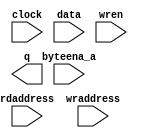
// megafunction wizard: %RAM: 2-PORT%VBB%
// GENERATION: STANDARD
// VERSION: WM1.0
// MODULE: altsyncram 

// ============================================================
// Megafunction Name(s):
// 			altsyncram
//
// Simulation Library Files(s):
// 			altera_mf
// ============================================================
// ************************************************************
// THIS IS A WIZARD-GENERATED FILE. DO NOT EDIT THIS FILE!
//
// 10.1 Build 153 11/29/2010 SJ Full Version
// ************************************************************

//Copyright (C) 1991-2010 Altera Corporation
//Your use of Altera Corporation's design tools, logic functions 
//and other software and tools, and its AMPP partner logic 
//functions, and any output files from any of the foregoing 
//(including device programming or simulation files), and any 
//associated documentation or information are expressly subject 
//to the terms and conditions of the Altera Program License 
//Subscription Agreement, Altera MegaCore Function License 
//Agreement, or other applicable license agreement, including, 
//without limitation, that your use is for the sole purpose of 
//programming logic devices manufactured by Altera and sold by 
//Altera or its authorized distributors.  Please refer to the 
//applicable agreement for further details.

module mem (
	byteena_a,
	clock,
	data,
	rdaddress,
	wraddress,
	wren,
	q);

	input	[3:0]  byteena_a;
	input	  clock;
	input	[35:0]  data;
	input	[10:0]  rdaddress;
	input	[10:0]  wraddress;
	input	  wren;
	output	[35:0]  q;
`ifndef ALTERA_RESERVED_QIS
// synopsys translate_off
`endif
	tri1	[3:0]  byteena_a;
	tri1	  clock;
	tri0	  wren;
`ifndef ALTERA_RESERVED_QIS
// synopsys translate_on
`endif

endmodule

// ============================================================
// CNX file retrieval info
// ============================================================
// Retrieval info: PRIVATE: ADDRESSSTALL_A NUMERIC "0"
// Retrieval info: PRIVATE: ADDRESSSTALL_B NUMERIC "0"
// Retrieval info: PRIVATE: BYTEENA_ACLR_A NUMERIC "0"
// Retrieval info: PRIVATE: BYTEENA_ACLR_B NUMERIC "0"
// Retrieval info: PRIVATE: BYTE_ENABLE_A NUMERIC "1"
// Retrieval info: PRIVATE: BYTE_ENABLE_B NUMERIC "0"
// Retrieval info: PRIVATE: BYTE_SIZE NUMERIC "9"
// Retrieval info: PRIVATE: BlankMemory NUMERIC "0"
// Retrieval info: PRIVATE: CLOCK_ENABLE_INPUT_A NUMERIC "0"
// Retrieval info: PRIVATE: CLOCK_ENABLE_INPUT_B NUMERIC "0"
// Retrieval info: PRIVATE: CLOCK_ENABLE_OUTPUT_A NUMERIC "0"
// Retrieval info: PRIVATE: CLOCK_ENABLE_OUTPUT_B NUMERIC "0"
// Retrieval info: PRIVATE: CLRdata NUMERIC "0"
// Retrieval info: PRIVATE: CLRq NUMERIC "0"
// Retrieval info: PRIVATE: CLRrdaddress NUMERIC "0"
// Retrieval info: PRIVATE: CLRrren NUMERIC "0"
// Retrieval info: PRIVATE: CLRwraddress NUMERIC "0"
// Retrieval info: PRIVATE: CLRwren NUMERIC "0"
// Retrieval info: PRIVATE: Clock NUMERIC "0"
// Retrieval info: PRIVATE: Clock_A NUMERIC "0"
// Retrieval info: PRIVATE: Clock_B NUMERIC "0"
// Retrieval info: PRIVATE: ECC NUMERIC "0"
// Retrieval info: PRIVATE: IMPLEMENT_IN_LES NUMERIC "0"
// Retrieval info: PRIVATE: INDATA_ACLR_B NUMERIC "0"
// Retrieval info: PRIVATE: INDATA_REG_B NUMERIC "0"
// Retrieval info: PRIVATE: INIT_FILE_LAYOUT STRING "PORT_B"
// Retrieval info: PRIVATE: INIT_TO_SIM_X NUMERIC "0"
// Retrieval info: PRIVATE: INTENDED_DEVICE_FAMILY STRING "Stratix IV"
// Retrieval info: PRIVATE: JTAG_ENABLED NUMERIC "0"
// Retrieval info: PRIVATE: JTAG_ID STRING "NONE"
// Retrieval info: PRIVATE: MAXIMUM_DEPTH NUMERIC "0"
// Retrieval info: PRIVATE: MEMSIZE NUMERIC "73728"
// Retrieval info: PRIVATE: MEM_IN_BITS NUMERIC "0"
// Retrieval info: PRIVATE: MIFfilename STRING "mem.mif"
// Retrieval info: PRIVATE: OPERATION_MODE NUMERIC "2"
// Retrieval info: PRIVATE: OUTDATA_ACLR_B NUMERIC "0"
// Retrieval info: PRIVATE: OUTDATA_REG_B NUMERIC "0"
// Retrieval info: PRIVATE: RAM_BLOCK_TYPE NUMERIC "2"
// Retrieval info: PRIVATE: READ_DURING_WRITE_MODE_MIXED_PORTS NUMERIC "2"
// Retrieval info: PRIVATE: READ_DURING_WRITE_MODE_PORT_A NUMERIC "1"
// Retrieval info: PRIVATE: READ_DURING_WRITE_MODE_PORT_B NUMERIC "3"
// Retrieval info: PRIVATE: REGdata NUMERIC "1"
// Retrieval info: PRIVATE: REGq NUMERIC "0"
// Retrieval info: PRIVATE: REGrdaddress NUMERIC "1"
// Retrieval info: PRIVATE: REGrren NUMERIC "1"
// Retrieval info: PRIVATE: REGwraddress NUMERIC "1"
// Retrieval info: PRIVATE: REGwren NUMERIC "1"
// Retrieval info: PRIVATE: SYNTH_WRAPPER_GEN_POSTFIX STRING "0"
// Retrieval info: PRIVATE: USE_DIFF_CLKEN NUMERIC "0"
// Retrieval info: PRIVATE: UseDPRAM NUMERIC "1"
// Retrieval info: PRIVATE: VarWidth NUMERIC "0"
// Retrieval info: PRIVATE: WIDTH_READ_A NUMERIC "36"
// Retrieval info: PRIVATE: WIDTH_READ_B NUMERIC "36"
// Retrieval info: PRIVATE: WIDTH_WRITE_A NUMERIC "36"
// Retrieval info: PRIVATE: WIDTH_WRITE_B NUMERIC "36"
// Retrieval info: PRIVATE: WRADDR_ACLR_B NUMERIC "0"
// Retrieval info: PRIVATE: WRADDR_REG_B NUMERIC "0"
// Retrieval info: PRIVATE: WRCTRL_ACLR_B NUMERIC "0"
// Retrieval info: PRIVATE: enable NUMERIC "0"
// Retrieval info: PRIVATE: rden NUMERIC "0"
// Retrieval info: LIBRARY: altera_mf altera_mf.altera_mf_components.all
// Retrieval info: CONSTANT: ADDRESS_ACLR_B STRING "NONE"
// Retrieval info: CONSTANT: ADDRESS_REG_B STRING "CLOCK0"
// Retrieval info: CONSTANT: BYTE_SIZE NUMERIC "9"
// Retrieval info: CONSTANT: CLOCK_ENABLE_INPUT_A STRING "BYPASS"
// Retrieval info: CONSTANT: CLOCK_ENABLE_INPUT_B STRING "BYPASS"
// Retrieval info: CONSTANT: CLOCK_ENABLE_OUTPUT_B STRING "BYPASS"
// Retrieval info: CONSTANT: INIT_FILE STRING "mem.mif"
// Retrieval info: CONSTANT: INTENDED_DEVICE_FAMILY STRING "Stratix IV"
// Retrieval info: CONSTANT: LPM_TYPE STRING "altsyncram"
// Retrieval info: CONSTANT: NUMWORDS_A NUMERIC "2048"
// Retrieval info: CONSTANT: NUMWORDS_B NUMERIC "2048"
// Retrieval info: CONSTANT: OPERATION_MODE STRING "DUAL_PORT"
// Retrieval info: CONSTANT: OUTDATA_ACLR_B STRING "NONE"
// Retrieval info: CONSTANT: OUTDATA_REG_B STRING "UNREGISTERED"
// Retrieval info: CONSTANT: POWER_UP_UNINITIALIZED STRING "FALSE"
// Retrieval info: CONSTANT: RAM_BLOCK_TYPE STRING "M9K"
// Retrieval info: CONSTANT: READ_DURING_WRITE_MODE_MIXED_PORTS STRING "DONT_CARE"
// Retrieval info: CONSTANT: WIDTHAD_A NUMERIC "11"
// Retrieval info: CONSTANT: WIDTHAD_B NUMERIC "11"
// Retrieval info: CONSTANT: WIDTH_A NUMERIC "36"
// Retrieval info: CONSTANT: WIDTH_B NUMERIC "36"
// Retrieval info: CONSTANT: WIDTH_BYTEENA_A NUMERIC "4"
// Retrieval info: USED_PORT: byteena_a 0 0 4 0 INPUT VCC "byteena_a[3..0]"
// Retrieval info: USED_PORT: clock 0 0 0 0 INPUT VCC "clock"
// Retrieval info: USED_PORT: data 0 0 36 0 INPUT NODEFVAL "data[35..0]"
// Retrieval info: USED_PORT: q 0 0 36 0 OUTPUT NODEFVAL "q[35..0]"
// Retrieval info: USED_PORT: rdaddress 0 0 11 0 INPUT NODEFVAL "rdaddress[10..0]"
// Retrieval info: USED_PORT: wraddress 0 0 11 0 INPUT NODEFVAL "wraddress[10..0]"
// Retrieval info: USED_PORT: wren 0 0 0 0 INPUT GND "wren"
// Retrieval info: CONNECT: @address_a 0 0 11 0 wraddress 0 0 11 0
// Retrieval info: CONNECT: @address_b 0 0 11 0 rdaddress 0 0 11 0
// Retrieval info: CONNECT: @byteena_a 0 0 4 0 byteena_a 0 0 4 0
// Retrieval info: CONNECT: @clock0 0 0 0 0 clock 0 0 0 0
// Retrieval info: CONNECT: @data_a 0 0 36 0 data 0 0 36 0
// Retrieval info: CONNECT: @wren_a 0 0 0 0 wren 0 0 0 0
// Retrieval info: CONNECT: q 0 0 36 0 @q_b 0 0 36 0
// Retrieval info: GEN_FILE: TYPE_NORMAL mem.v TRUE
// Retrieval info: GEN_FILE: TYPE_NORMAL mem.inc FALSE
// Retrieval info: GEN_FILE: TYPE_NORMAL mem.cmp FALSE
// Retrieval info: GEN_FILE: TYPE_NORMAL mem.bsf FALSE
// Retrieval info: GEN_FILE: TYPE_NORMAL mem_inst.v FALSE
// Retrieval info: GEN_FILE: TYPE_NORMAL mem_bb.v TRUE
// Retrieval info: LIB_FILE: altera_mf